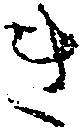
き